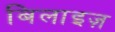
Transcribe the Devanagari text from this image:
बिलाइज़